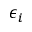
\epsilon _ { i }